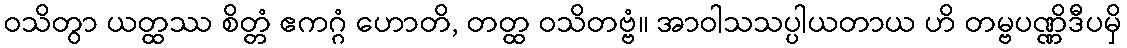
ဝသိတွာ ယတ္ထဿ စိတ္တံ ဧကဂ္ဂံ ဟောတိ, တတ္ထ ဝသိတဗ္ဗံ။ အာဝါသသပ္ပါယတာယ ဟိ တမ္ဗပဏ္ဏိဒီပမှိ